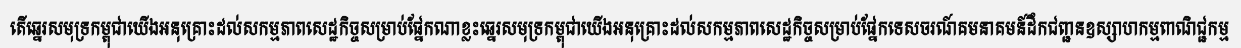
តើឆ្នេរសមុទ្រកម្ពុជាយើងអនុគ្រោះដល់សកម្មភាពសេដ្ឋកិច្ចសម្រាប់ផ្នែកណាខ្លះឆ្នេរសមុទ្រកម្ពុជាយើងអនុគ្រោះដល់សកម្មភាពសេដ្ឋកិច្ចសម្រាប់ផ្នែកទេសចរណ៍គមនាគមន៍ដឹកជញ្ជនឧស្សាហកម្មពាណិជ្ជកម្ម